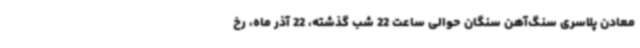
معادن پلاسری سنگ‌آهن سنگان حوالی ساعت 22 شب گذشته، 22 آذر ماه، رخ‌